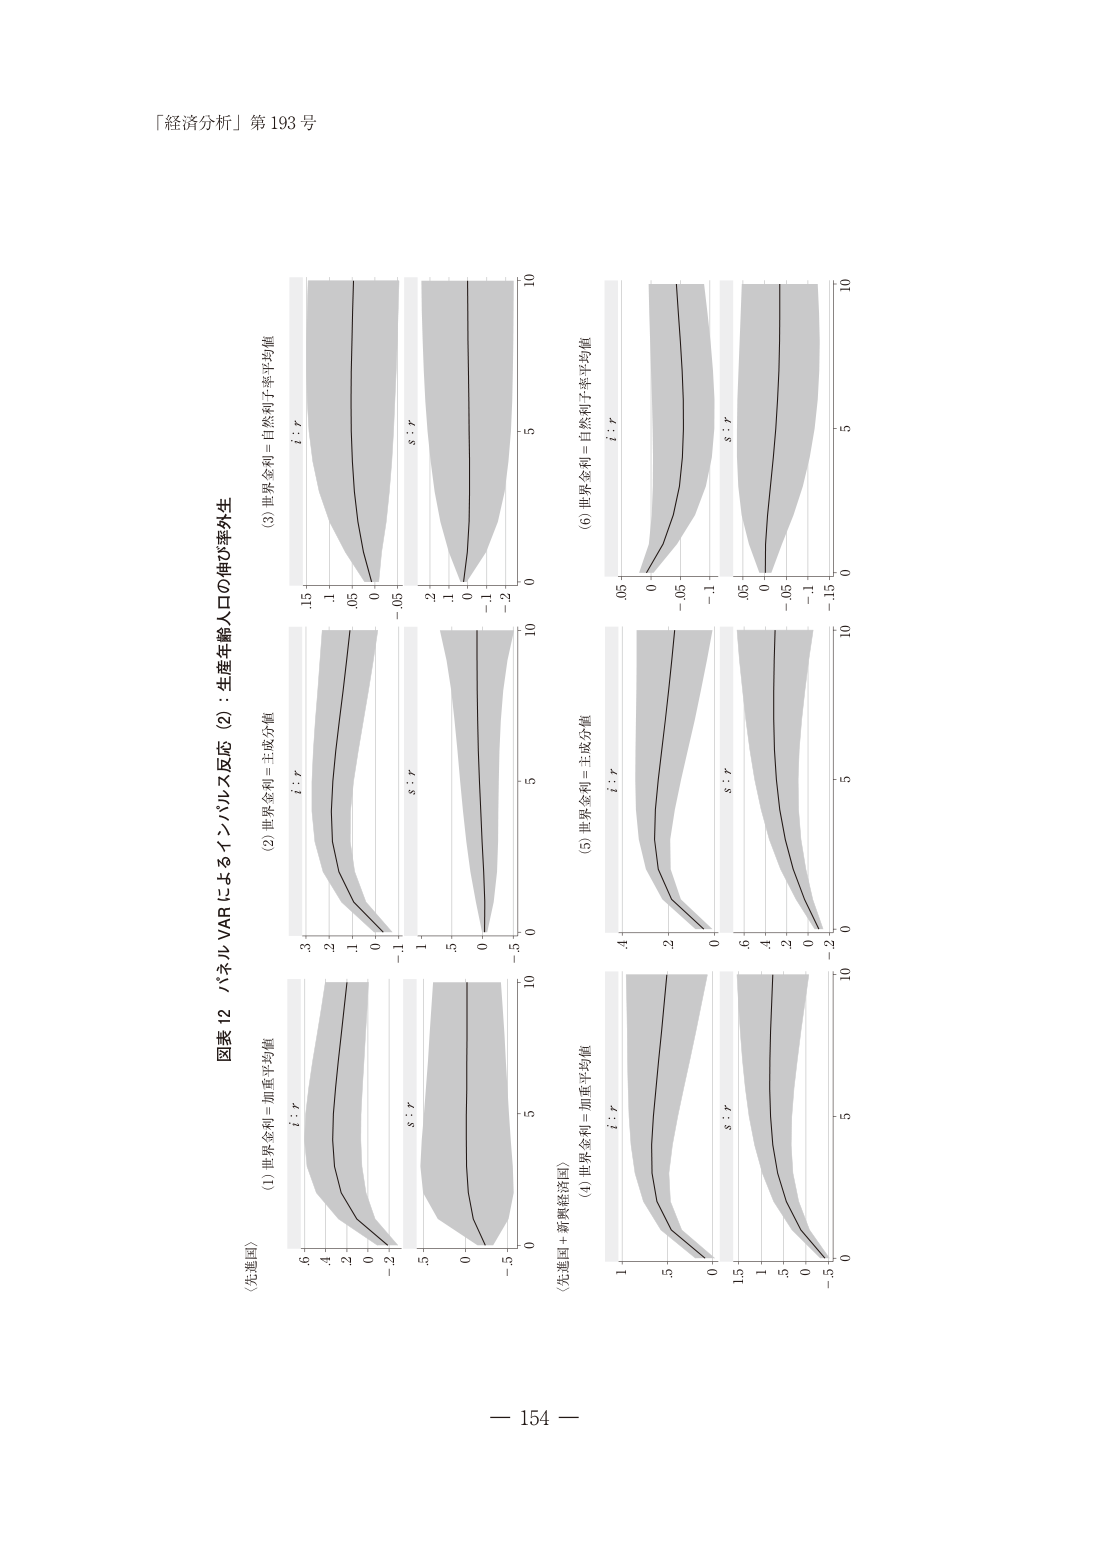
「経済分析」第 193 号

図表 12 パネル VAR によるインパルス反応（2）：生産年齢人口の伸び率外生

（先進国）
(1) 世界金利＝加重平均値
t : r
s : r
-6 -4 -2 0 -2
-5 0
0 5 10

(2) 世界金利＝主成分値
t : r
s : r
-3 -2 -1 0 -1
-1 -5 0
0 5 10

(3) 世界金利＝自然利子率平均値
t : r
s : r
-1.5 -1 -0.5 0 -0.5
-2 -1 0 -2
0 5 10

（先進国＋新興経済国）
(4) 世界金利＝加重平均値
t : r
s : r
1 0.5 0 -0.5 -1
-1.5 -1 -0.5 0 -0.5
0 5 10

(5) 世界金利＝主成分値
t : r
s : r
-4 -2 0
-0.6 -0.4 -0.2 0 -0.2
0 5 10

(6) 世界金利＝自然利子率平均値
t : r
s : r
-0.5 0 -0.5 -1
-0.5 0 -0.5 -1 -1.5
0 5 10

－ 154 －